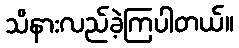
သိနားလည်ခဲ့ကြပါတယ်။